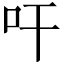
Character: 𭆺